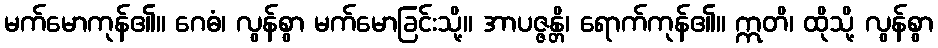
မက်မောကုန်၏။ ဂေဓံ၊ လွန်စွာ မက်မောခြင်းသို့။ အာပဇ္ဇန္တိ၊ ရောက်ကုန်၏။ ဣတိ၊ ထိုသို့ လွန်စွာ